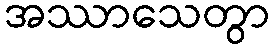
အဿာသေတွာ